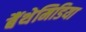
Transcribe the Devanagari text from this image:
बैंथेमिडिया